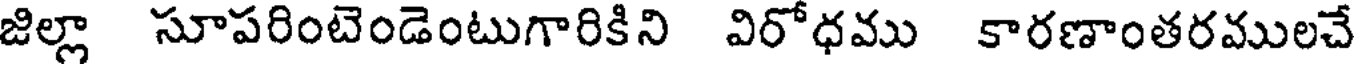
జిల్లా సూపరింటెండెంటుగారికిని విరోధము కారణాంతరములచే